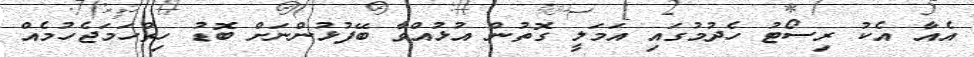
އެއާ އެކު ރިސޯޓު ހެދުމުގައި އަމަލީ ގޮތުން އުޅުއްވާ ބޭފުޅުންނަށް ބޮޑުު ހިތްހަމަޖެހުމެއް